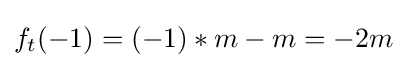
f_{t}(-1)=(-1)*m-m=-2m